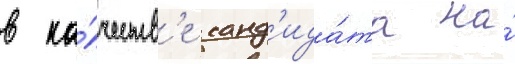
в ка́честв'е канд'ида́та на́